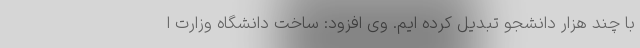
با چند هزار دانشجو تبدیل کرده ایم. وی افزود: ساخت دانشگاه وزارت ا